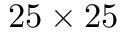
2 5 \times 2 5